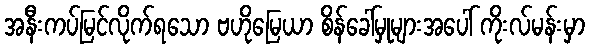
အနီးကပ်မြင်လိုက်ရသော ဗဟိုမြေယာ စိန်ခေါ်မှုများအပေါ် ကိုးလ်မန်းမှာ